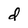
Character: d